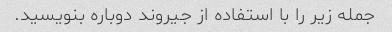
جمله زیر را با استفاده از جیروند دوباره بنویسید.